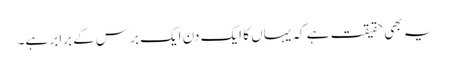
یہ بھی حقیقت ہے کہ یہاں کا ایک دن ایک برس کے برابر ہے۔